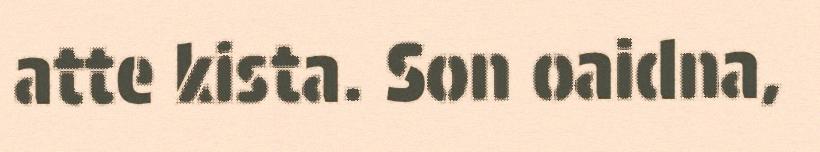
atte kista. Son oaidna,